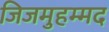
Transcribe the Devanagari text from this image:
जिजमुहम्मद